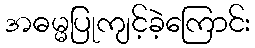
အဓမ္မပြုကျင့်ခဲ့ကြောင်း